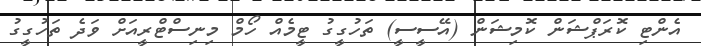
އެންޓި ކޮރަޕްޝަން ކޮމިޝަން (އޭސީސީ) ތަހުގީގު ޓީމެއް ހޯމް މިނިސްޓްރީއަށް ވަދެ ތަހުގީގު